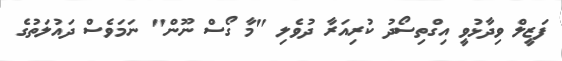
ފަޒީލް ވިދާޅުވީ އިގްތިސޯދު ކުރިއަރާ ދުވެލި "މާ ގޯސް ނޫން" ނަމަވެސް ދައުލަތުގެ